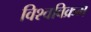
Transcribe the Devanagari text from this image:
विश्‍वविक्रम